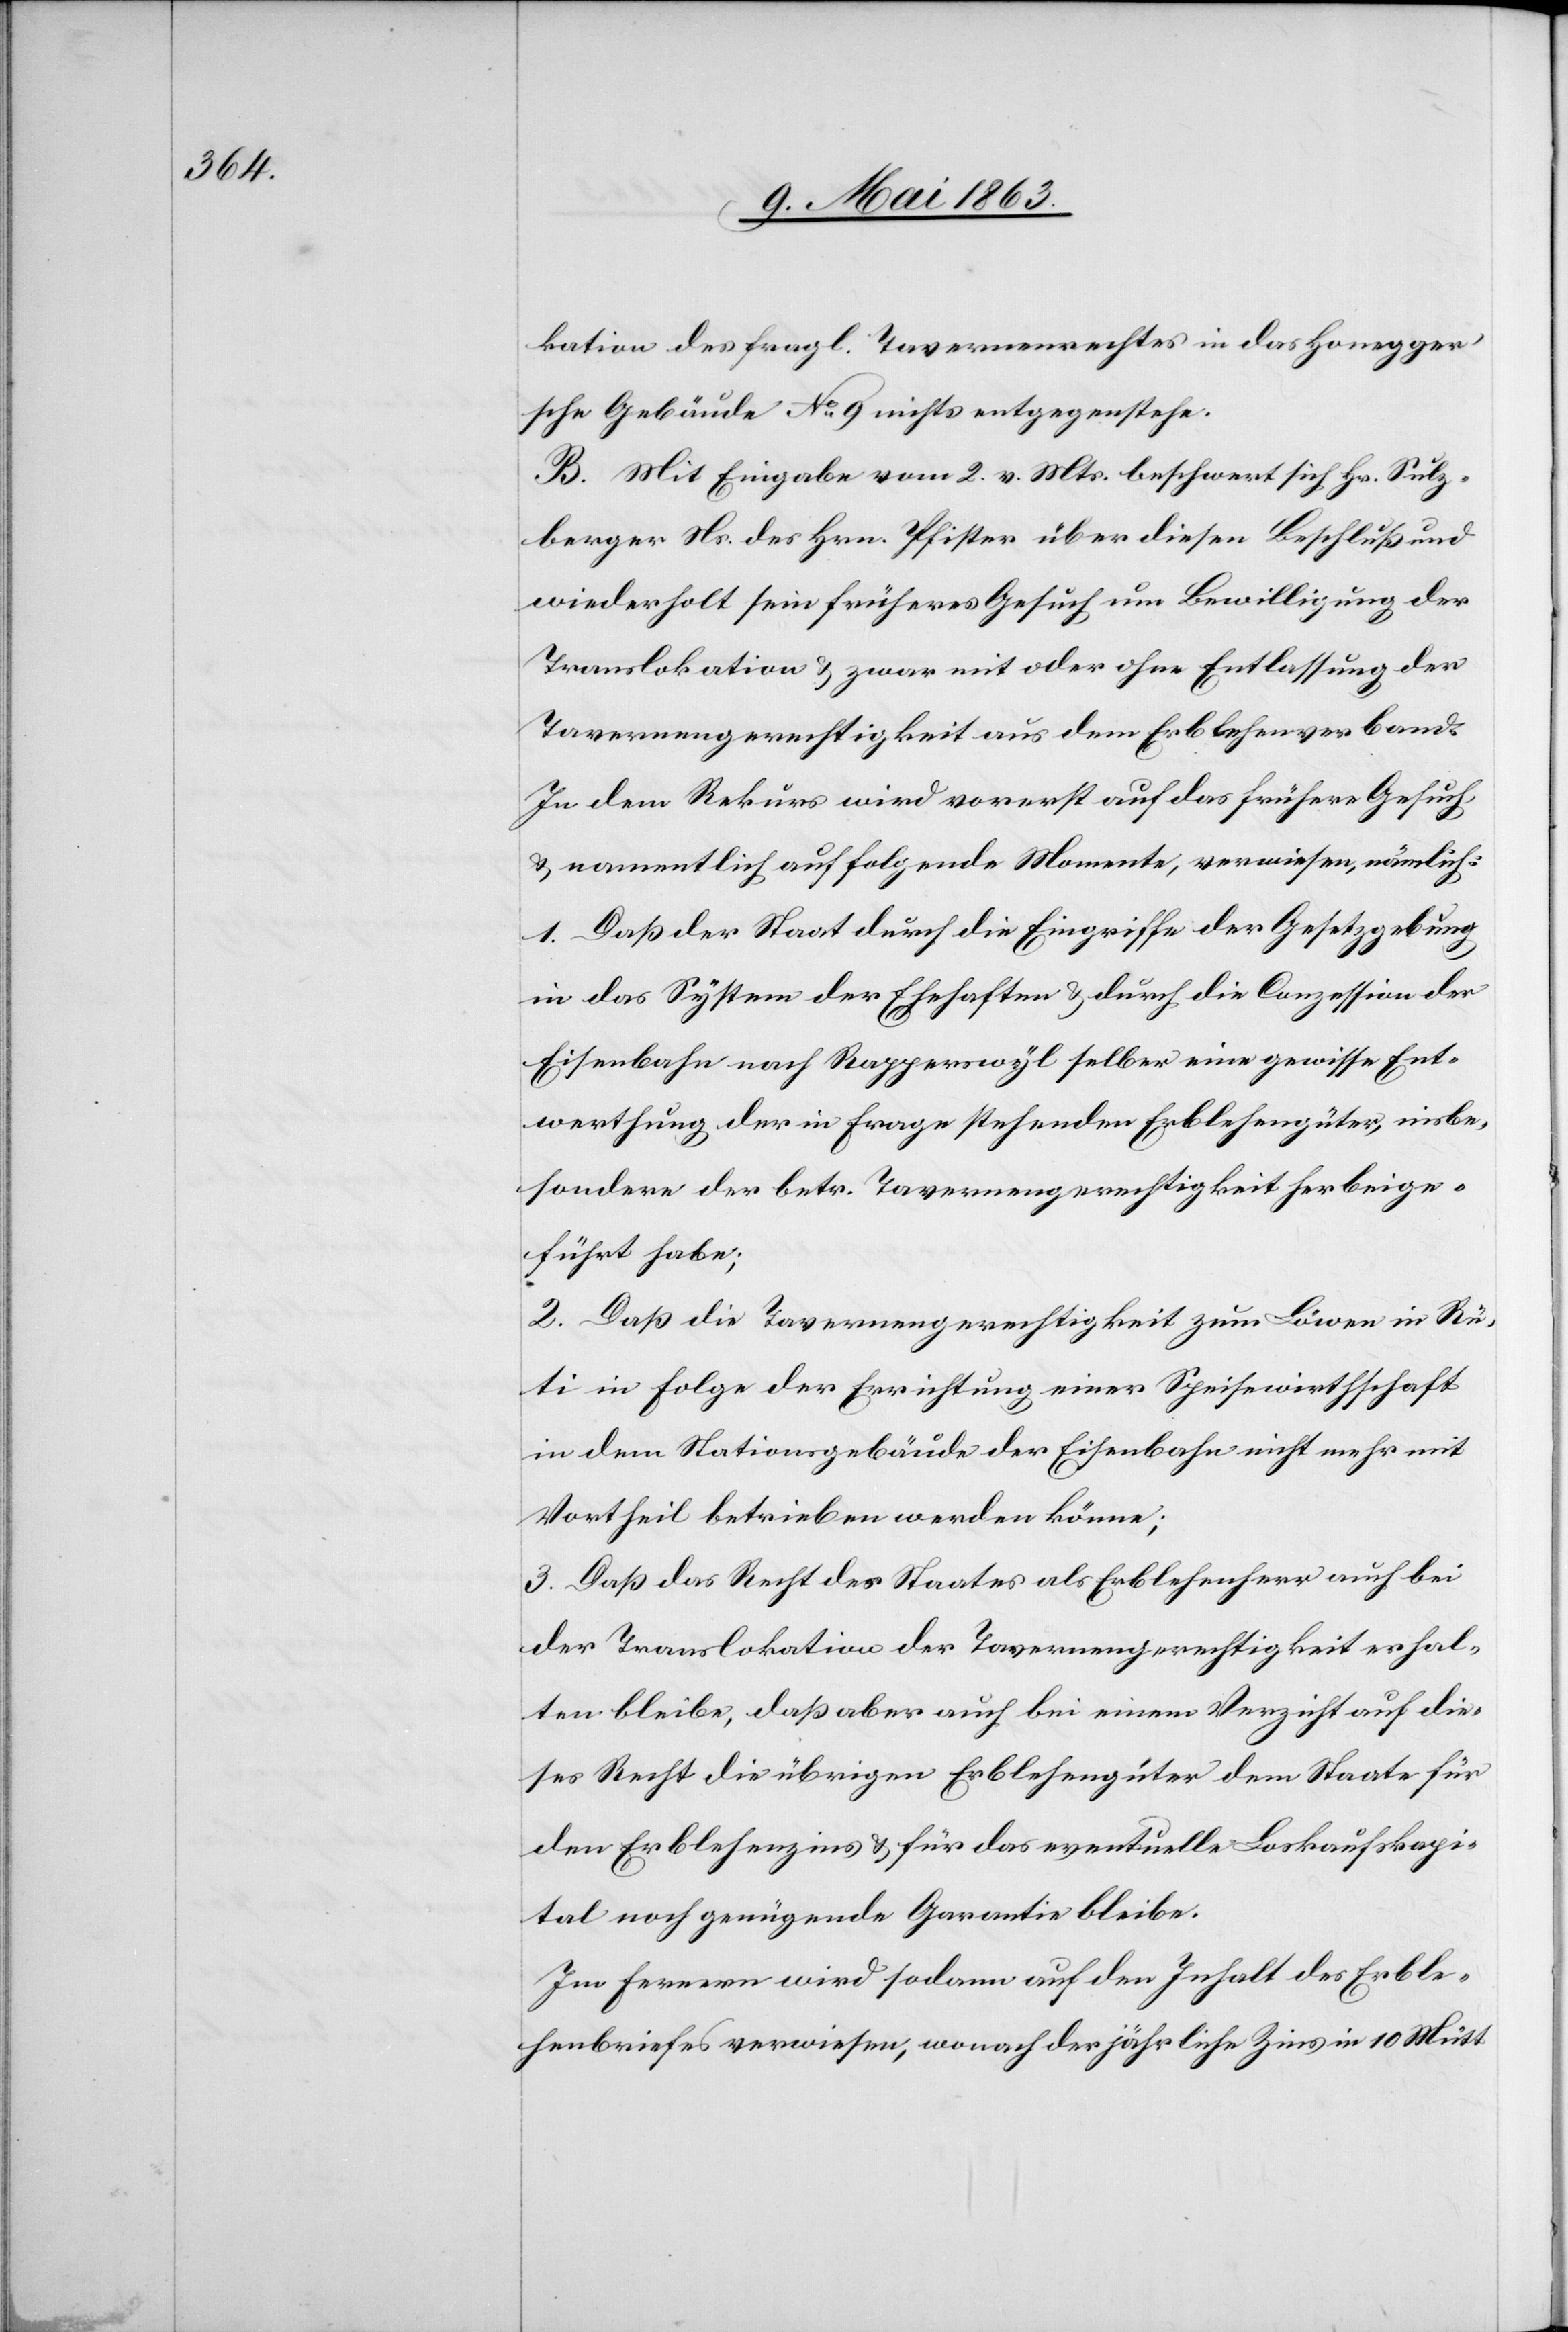
kation des fragl. Tavernenrechtes in das Honegger's¬
che Gebäude No 9 nichts entgegenstehe.
B. Mit Eingabe vom 2. v. Mts. beschwert sich Hr. Sulz¬
berger Ns. des Hrn. Pfister über diesen Beschluß und
wiederholt sein früheres Gesuch um Bewilligung der
Translokation & zwar mit oder ohne Entlassung der
Tavernengerechtigkeit aus dem Erblehenverband.
In dem Rekurs wird vorerst auf das frühere Gesuch
& namentlich auf folgende Momente, verwiesen, nämlich:
1. Daß der Staat durch die Eingriffe der Gesetzgebung
in das System der Ehehaften & durch die Conzession der
Eisenbahn nach Rapperswyl selber eine gewisse Ent¬
werthung der in Frage stehenden Erblehengüter, insbe¬
sondere der betr. Tavernengerechtigkeit herbeige¬
führt habe;
2. Daß die Tavernengerechtigkeit zum Löwen in Rü¬
ti in Folge der Errichtung einer Speisewirthschaft
in dem Stationsgebäude der Eisenbahn nicht mehr mit
Vortheil betrieben werden könne;
3. Daß das Recht des Staates als Erblehenherr auch bei
der Translokation der Tavernengerechtigkeit erhal¬
ten bleibe, daß aber auch bei einem Verzicht auf die¬
ses Recht die übrigen Erblehengüter dem Staate für
den Erblehenzins & für das eventuelle Loskaufskapi¬
tal noch genügende Garantie bleibe.
Im Fernern wird sodann auf den Inhalt des Erble¬
henbriefes verwiesen, wonach der jährliche Zins in 10 Mütt